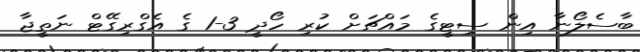
ބާސެލޯނާ އިން ސިޓީގެ މައްޗަށް ކުރި ހޯދީ 3-1 ގެ އެގްރިގޭޓް ނަތީޖާ